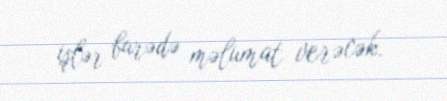
işlər barədə məlumat verəcək.